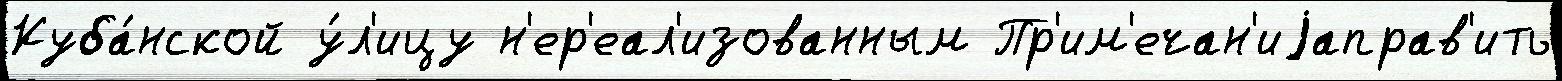
Куба́нской у́л'ицу н'ер'еал'изованным Пр'им'ечан'иjаправ'ить